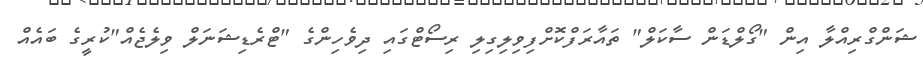
ޝަންގްރިއްލާ އިން "ގޯލްޑަން ސާކަލް" ތައާރަފްކޮށްފިވިލިގިލި ރިސޯޓްގައި ދިވެހިންގެ "ޓްރެޑިޝަނަލް ވިލެޖެއް"ކުރީގެ ބައެއް